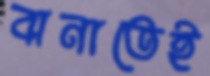
বানাতেই